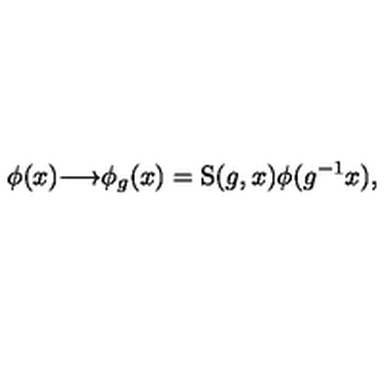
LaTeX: \phi ( x ) { \longrightarrow } \phi _ { g } ( x ) = \mathrm { S } ( g , x ) \phi ( g ^ { - 1 } x ) ,